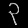
Digit: ၃